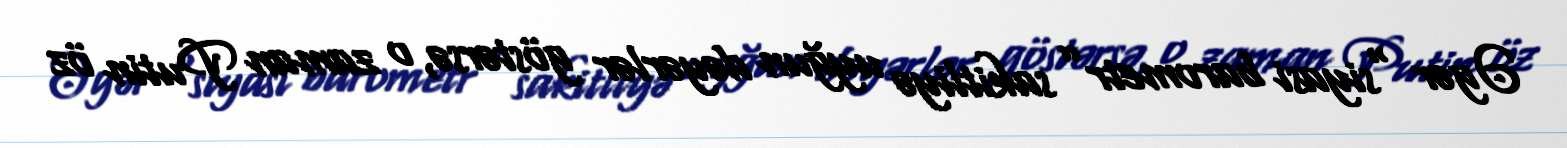
Əgər “siyasi barometr” sakitliyə uyğun dəyərlər göstərsə, o zaman Putin öz